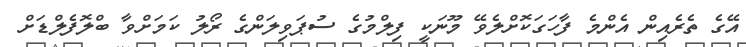
އޭގެ ތެރެއިން އެންމެ ފާހަގަކޮށްލެވޭ މޫނަކީ ފިލްމުގެ ސުޕަވިލަންގެ ރޯލު ކަމަށްވާ ބްލޮފެލްޑަށް